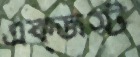
এক্জস্ট